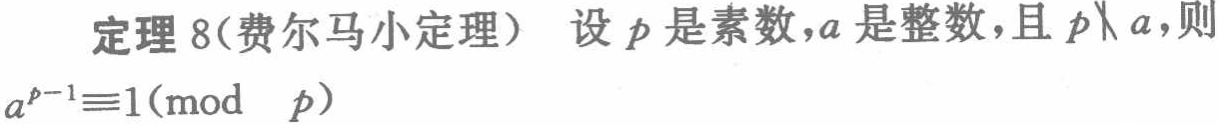
定理 8(费尔马小定理) 设 \(p\) 是素数，\(a\) 是整数，且 \(p\nmid a\)，则 \(a^{p - 1}\equiv 1\pmod{p}\)